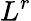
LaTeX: L^{r}